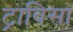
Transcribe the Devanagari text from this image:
ट्राविसा